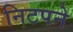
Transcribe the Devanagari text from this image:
निटपने